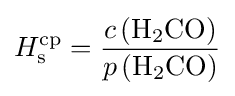
H_{\rm {s}}^{\mathrm {cp} }={\frac {c\left({\mathrm {H} {\vphantom {A}}_{\smash[{t}]{2}}\mathrm {CO} }\right)}{p\left({\mathrm {H} {\vphantom {A}}_{\smash[{t}]{2}}\mathrm {CO} }\right)}}